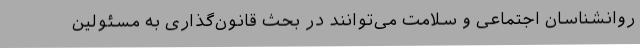
روانشناسان اجتماعی و سلامت می‌توانند در بحث قانون‌گذاری به مسئولین